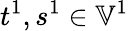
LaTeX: t^{1},s^{1}\in\mathbb{V}^{1}